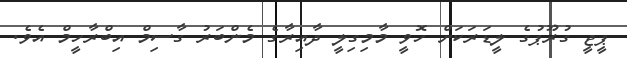
ޕީޖީ ގުރޫޕުގެ ލީޑަރަކަށް ހޮވީ މާމިގިލީ ދާއިރާގެ މެންބަރު ގާސިމް އިބްރާހީމް އެވެ.